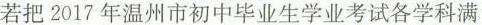
若把2017年温州市初中毕业生学业考试各学科满